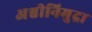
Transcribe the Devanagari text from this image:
अश्वीनिमुद्रा